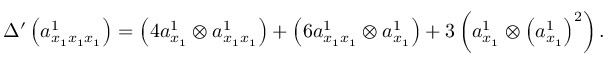
\begin{array} { r } { \Delta ^ { \prime } \left( a _ { x _ { 1 } x _ { 1 } x _ { 1 } } ^ { 1 } \right) = \left( 4 a _ { x _ { 1 } } ^ { 1 } \otimes a _ { x _ { 1 } x _ { 1 } } ^ { 1 } \right) + \left( 6 a _ { x _ { 1 } x _ { 1 } } ^ { 1 } \otimes a _ { x _ { 1 } } ^ { 1 } \right) + 3 \left( a _ { x _ { 1 } } ^ { 1 } \otimes \left( a _ { x _ { 1 } } ^ { 1 } \right) ^ { 2 } \right) . } \end{array}